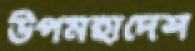
উপমহাদেশ